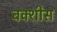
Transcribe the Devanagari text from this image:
बक्शीस